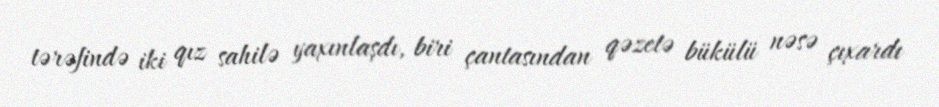
tərəfində iki qız sahilə yaxınlaşdı, biri çantasından qəzetə bükülü nəsə çıxardı